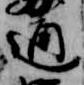
通